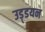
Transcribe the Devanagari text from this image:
उड़्डयन